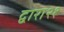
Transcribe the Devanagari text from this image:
द्वारा२१